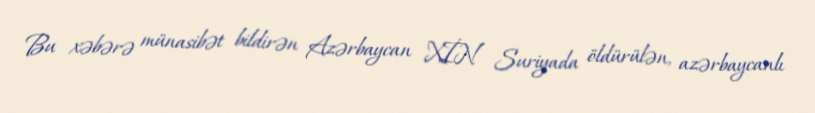
Bu xəbərə münasibət bildirən Azərbaycan XİN Suriyada öldürülən, azərbaycanlı